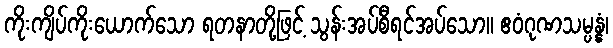
ကိုးကျိပ်ကိုးယောက်သော ရတနာတို့ဖြင့် သွန်းအပ်စီရင်အပ်သော။ ဧဝံဂုဏသမ္ပန္နံ၊